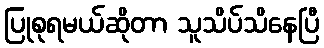
ပြုစုရမယ်ဆိုတာ သူသိပ်သိနေပြီ